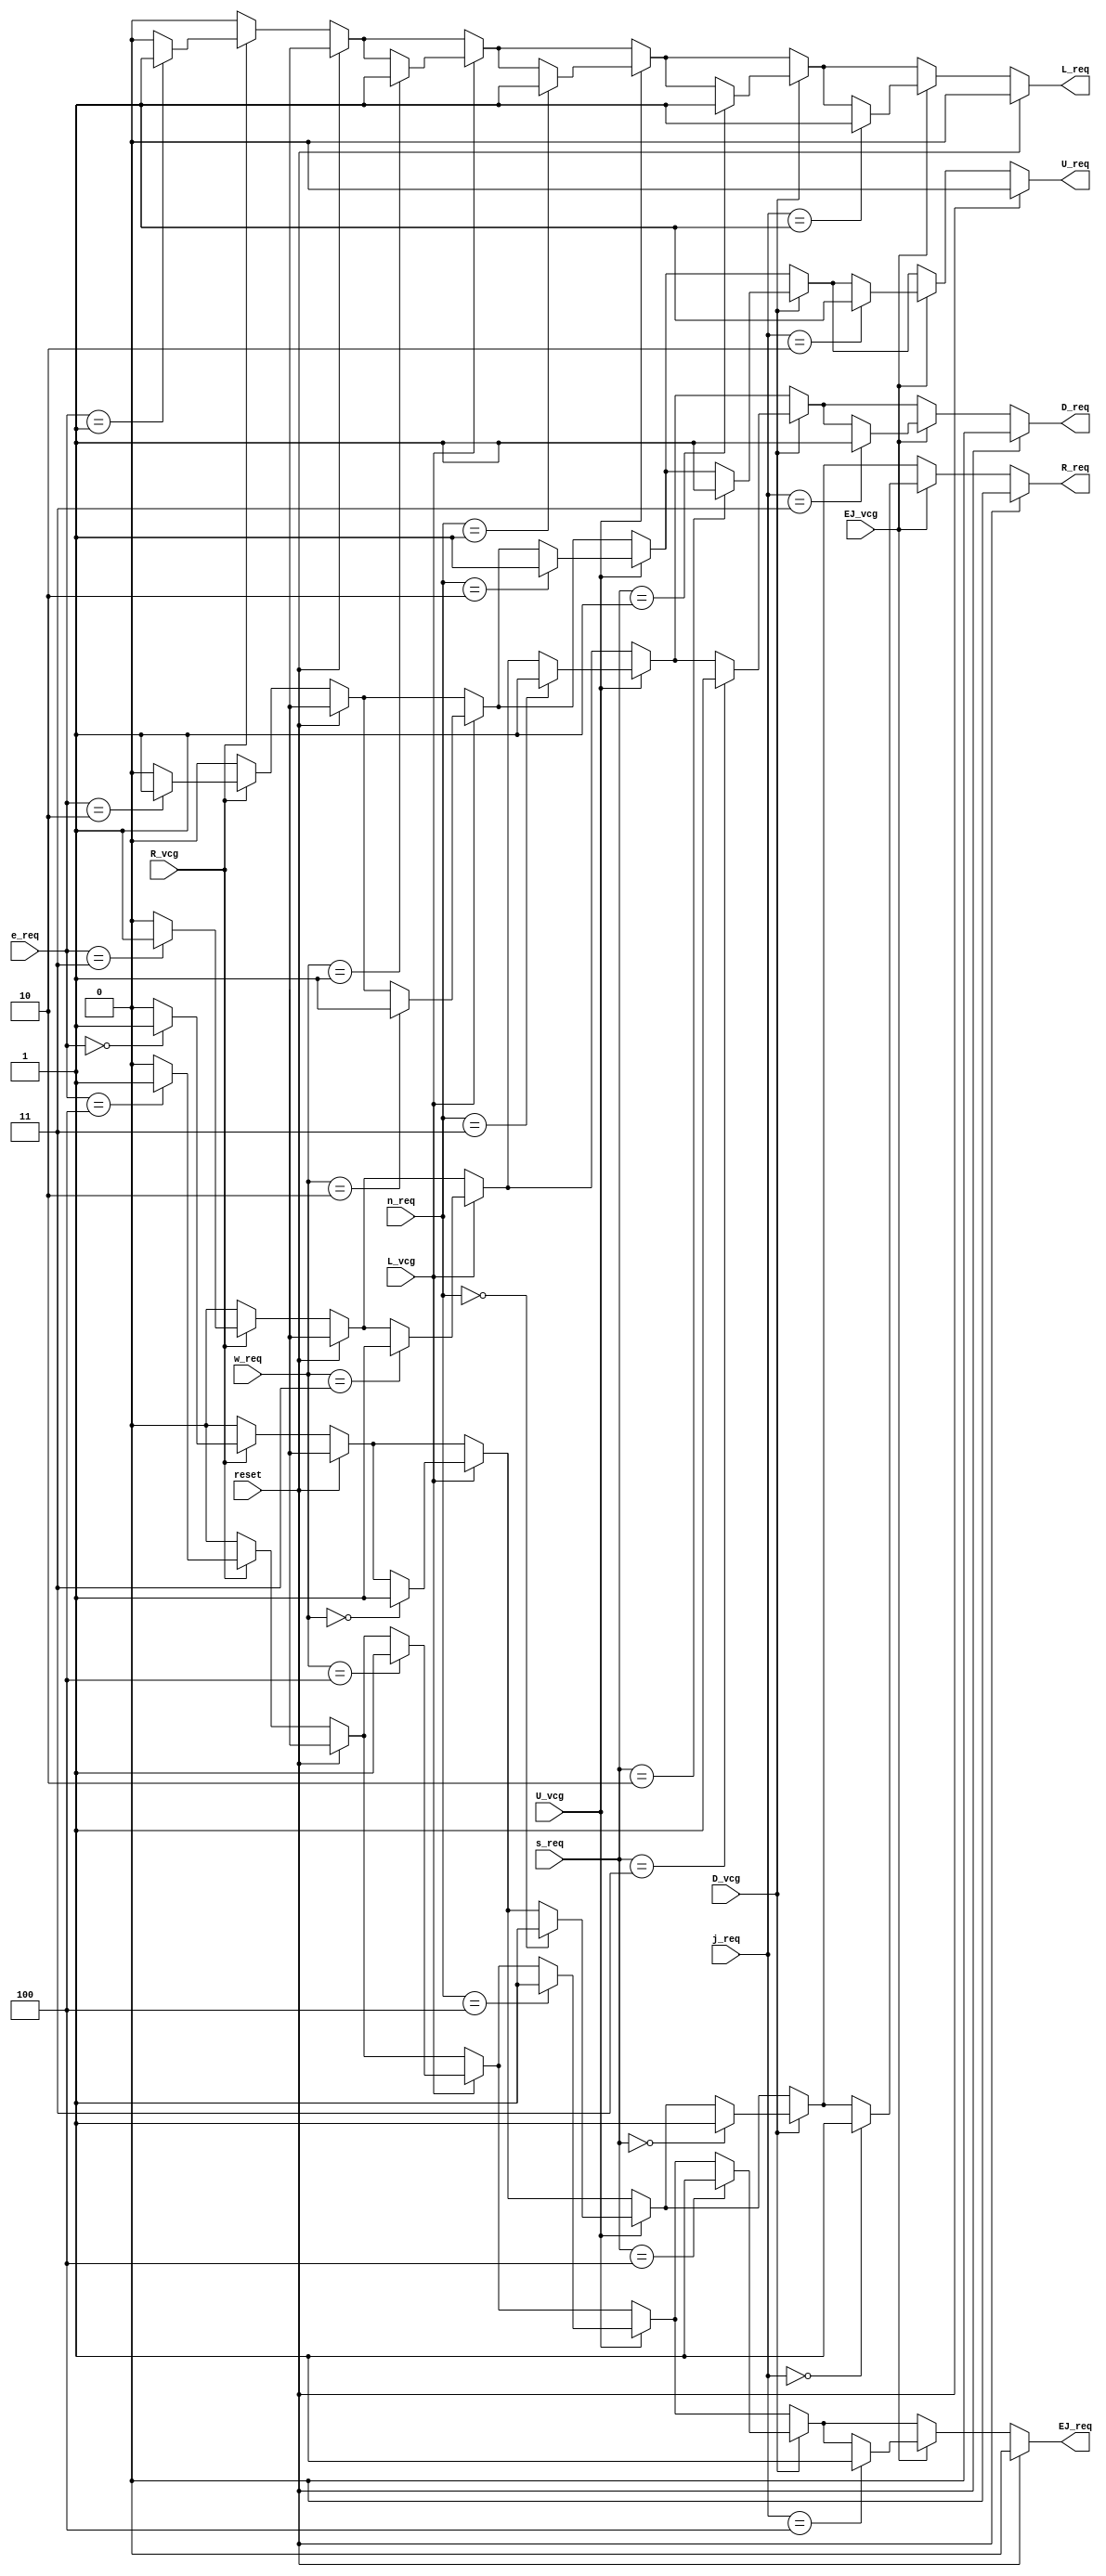
module IO_request (R_req, L_req, U_req, D_req, EJ_req,R_vcg, L_vcg, U_vcg, D_vcg, EJ_vcg,reset,e_req, w_req, n_req, s_req, j_req);
  
  output reg R_req, L_req, U_req, D_req, EJ_req;//responds	
  input R_vcg, L_vcg, U_vcg, D_vcg, EJ_vcg,reset;
  input [2:0] e_req, w_req, n_req, s_req, j_req;//requests
  always @(*)
	if (reset)
		{R_req, L_req, U_req, D_req, EJ_req} = 'b0;//reset
	else
	begin
		{R_req, L_req, U_req, D_req, EJ_req} = 'b0;//reset
		if(R_vcg == 1)
		  case (e_req)
			3'b000:  R_req = 1;
			3'b001:  L_req = 1;
			3'b010:  U_req = 1;
			3'b011:  D_req = 1;
			3'b100:  EJ_req = 1;
		  endcase
		if(L_vcg == 1)
		  case (w_req)
			3'b000:  R_req = 1;
			3'b001:  L_req = 1;
			3'b010:  U_req = 1;
			3'b011:  D_req = 1;
			3'b100:  EJ_req = 1;
		  endcase
		if(U_vcg == 1)
		  case (n_req)
			3'b000:  R_req = 1;
			3'b001:  L_req = 1;
			3'b010:  U_req = 1;
			3'b011:  D_req = 1;
			3'b100:  EJ_req = 1;
		  endcase
		if(D_vcg == 1)
		  case (s_req)
			3'b000:  R_req = 1;
			3'b001:  L_req = 1;
			3'b010:  U_req = 1;
			3'b011:  D_req = 1;
			3'b100:  EJ_req = 1;
		  endcase
		if(EJ_vcg == 1)
		  case (j_req)
			3'b000:  R_req = 1;
			3'b001:  L_req = 1;
			3'b010:  U_req = 1;
			3'b011:  D_req = 1;
			3'b100:  EJ_req = 1;
		  endcase
	end	
  
endmodule